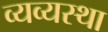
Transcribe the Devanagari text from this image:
व्यव्यस्था